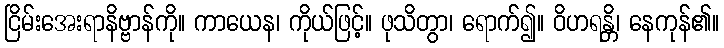
ငြိမ်းအေးရာနိဗ္ဗာန်ကို။ ကာယေန၊ ကိုယ်ဖြင့်။ ဖုသိတွာ၊ ရောက်၍။ ဝိဟရန္တိ၊ နေကုန်၏။